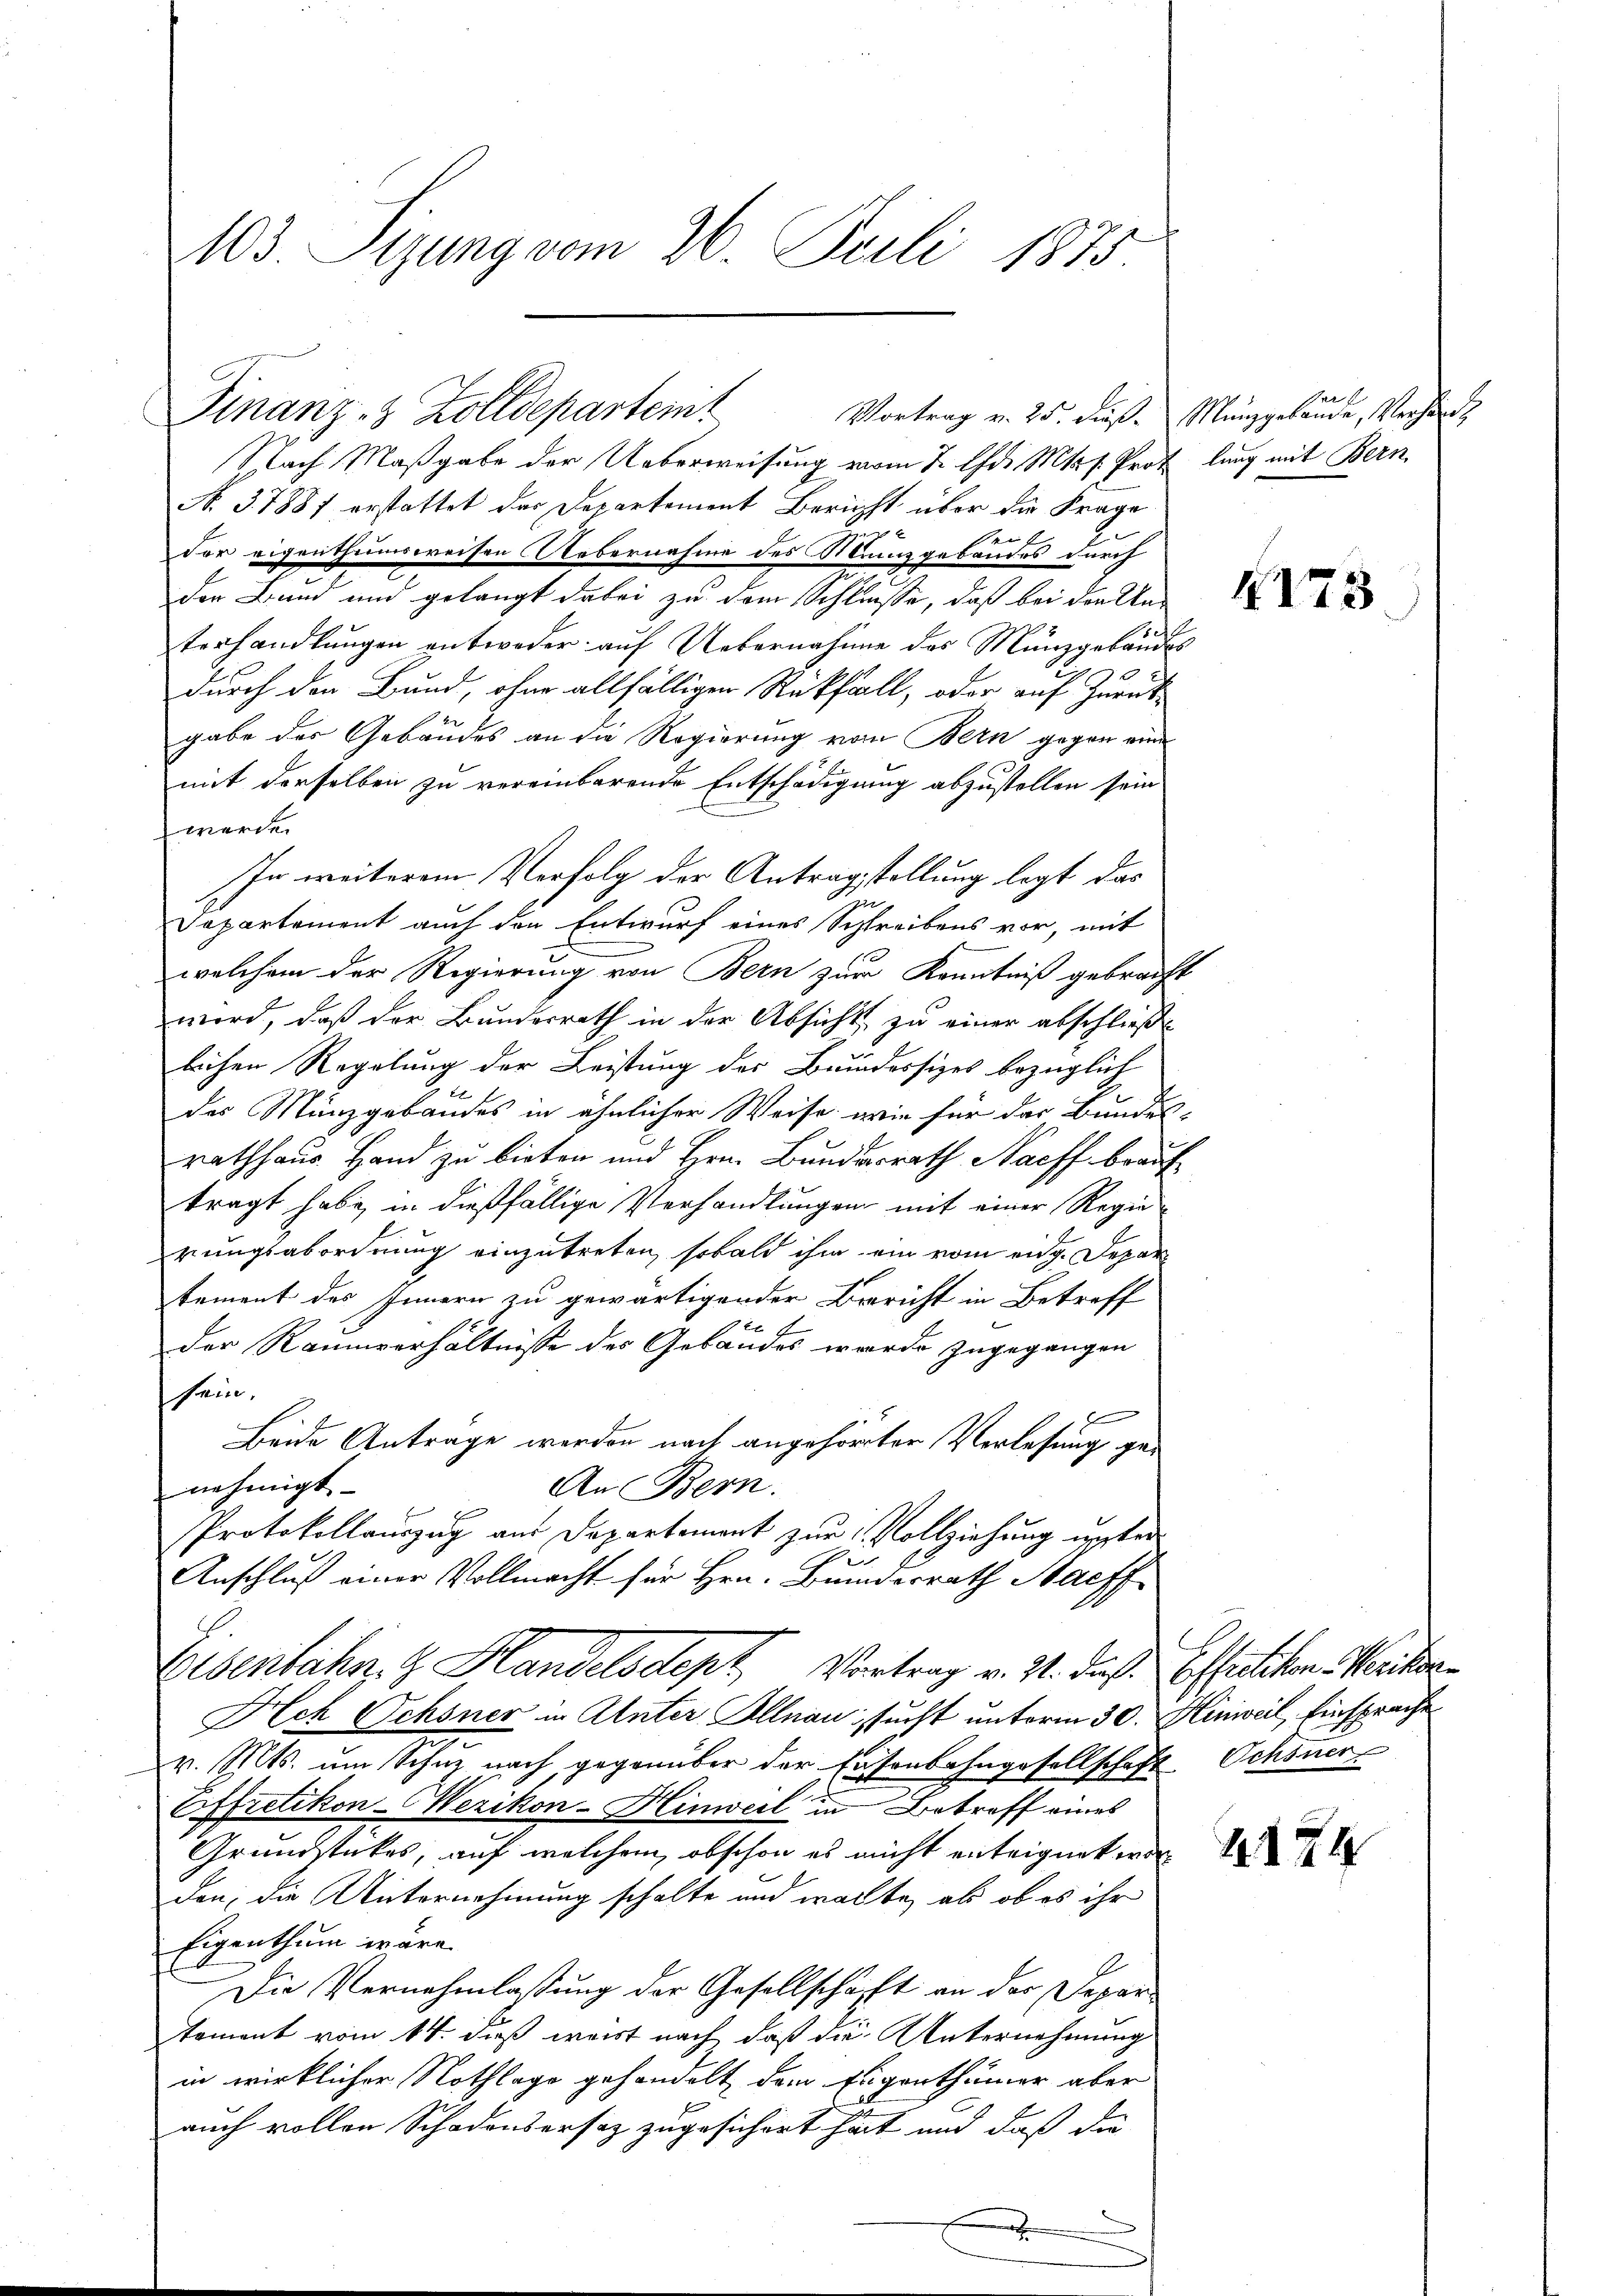
103. Sizung vom 26. Juli 1875.

Nach Maßgabe der Ueberweisung vom 7. d. Mts. s. Prot lang mit Bern
N. 37887 erstattet der Departement Bericht über die Frage
e
der eigenthumsweisen Uebernahme des Menzgebäudes durch
der Bund und gelangt dabei zu dem Schlüsse, daß bei den Un-
terhandlungen entweder auf Uebernahme des Münzgebäudes
durch den Bund, ohne allfälligen Rückfall, oder auf Zurück¬
22
gabe des Gebäudes an die Regierung vom Bern gegen eine
mit derselben zu vereinbarende Entschädigung abzustellen sein
werde.
In weiterem Verfolg der Antragstellung legt das
un
Departement auch den Entwurf eines Schreibens vor, mit
welchem der Regierung von Bern zur Kenntniß gebracht
wird, daß der Bundesrath in der Absicht zu einer abschließ
lichen Regelung der Leistung der Bundessizes bezüglich
des Münzgebäudes in ähnlicher Weise wie für der Bundes-
rathhaus Hand zu bieten und Hrn. Bundesrath Nachf brauftragt habe in dießfällige Verhandlungen mit einer Regierungsabordnung einzutreten, sobald ihm ein vom eidg. Depar
stement des Innern zu gewärtigender Bericht in Betreff
E
der Raumverhältnisse des Gebäudes werde zugegangen
sein,
Beide Antrage werden nach angehörter Verlesung ge-
nehmigt.
An Bern.
Protokollauszug aus Departement zur Vollziehung unter
i
Anschluß einer Vollmacht für Hrn. Bundesrath Nachf
Eisenbahn. Handelsdept, Vortrag v. 21. daß Effretikon Seiter
Hch Ochsner in Unter Illnau sucht unterm 30. Hinweil, Einsprache
v. Mts. um Schuz nach gegenüber der Eisenbahngesellschaft Schöner
Effretikon-Wezikon-Hinweil in Betroff eines
Grundstückes, auf welchem, obschon es nicht enteigneter
den, die Unternehmung schalte und warte, als ob es ihr
Eigenthum wäre.
Die Vernehmlassung der Gesellschaft an der Deparoment vom 14. dieß weist nach, daß die Unternehmung
in wirklicher Nothlage gehandelt dem Eigenthümer aber
auch vollen Schadensersatz zugesichert hat und daß die
.

Finanz- & Zolldepartem Vortrag v. 25. dieß. Münzgelände, Verhard,

r

4173